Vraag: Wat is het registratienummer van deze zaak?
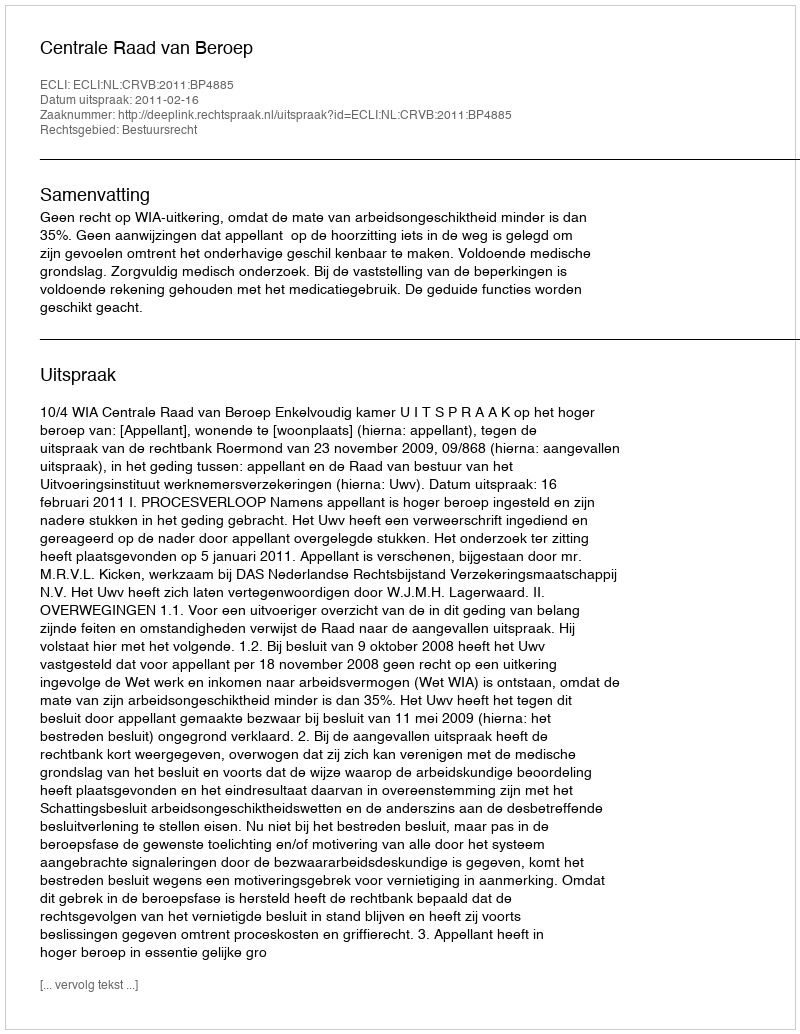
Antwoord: http://deeplink.rechtspraak.nl/uitspraak?id=ECLI:NL:CRVB:2011:BP4885